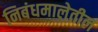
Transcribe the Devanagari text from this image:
निबंधमालेतील